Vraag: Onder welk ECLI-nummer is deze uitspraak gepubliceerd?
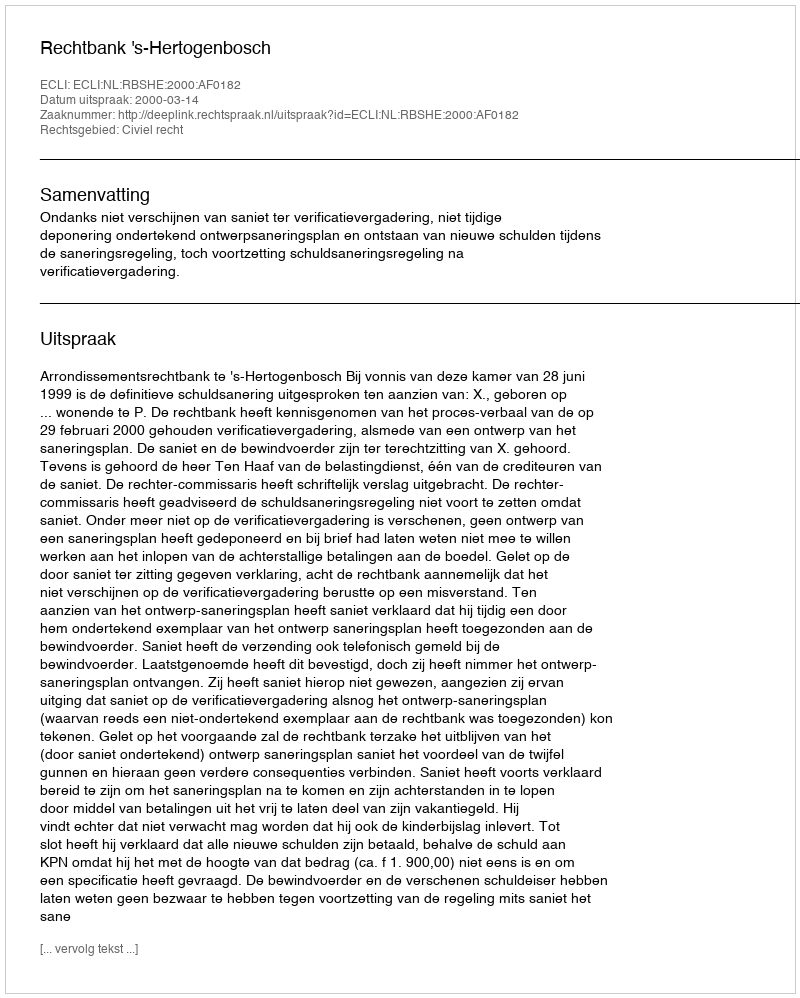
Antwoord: ECLI:NL:RBSHE:2000:AF0182